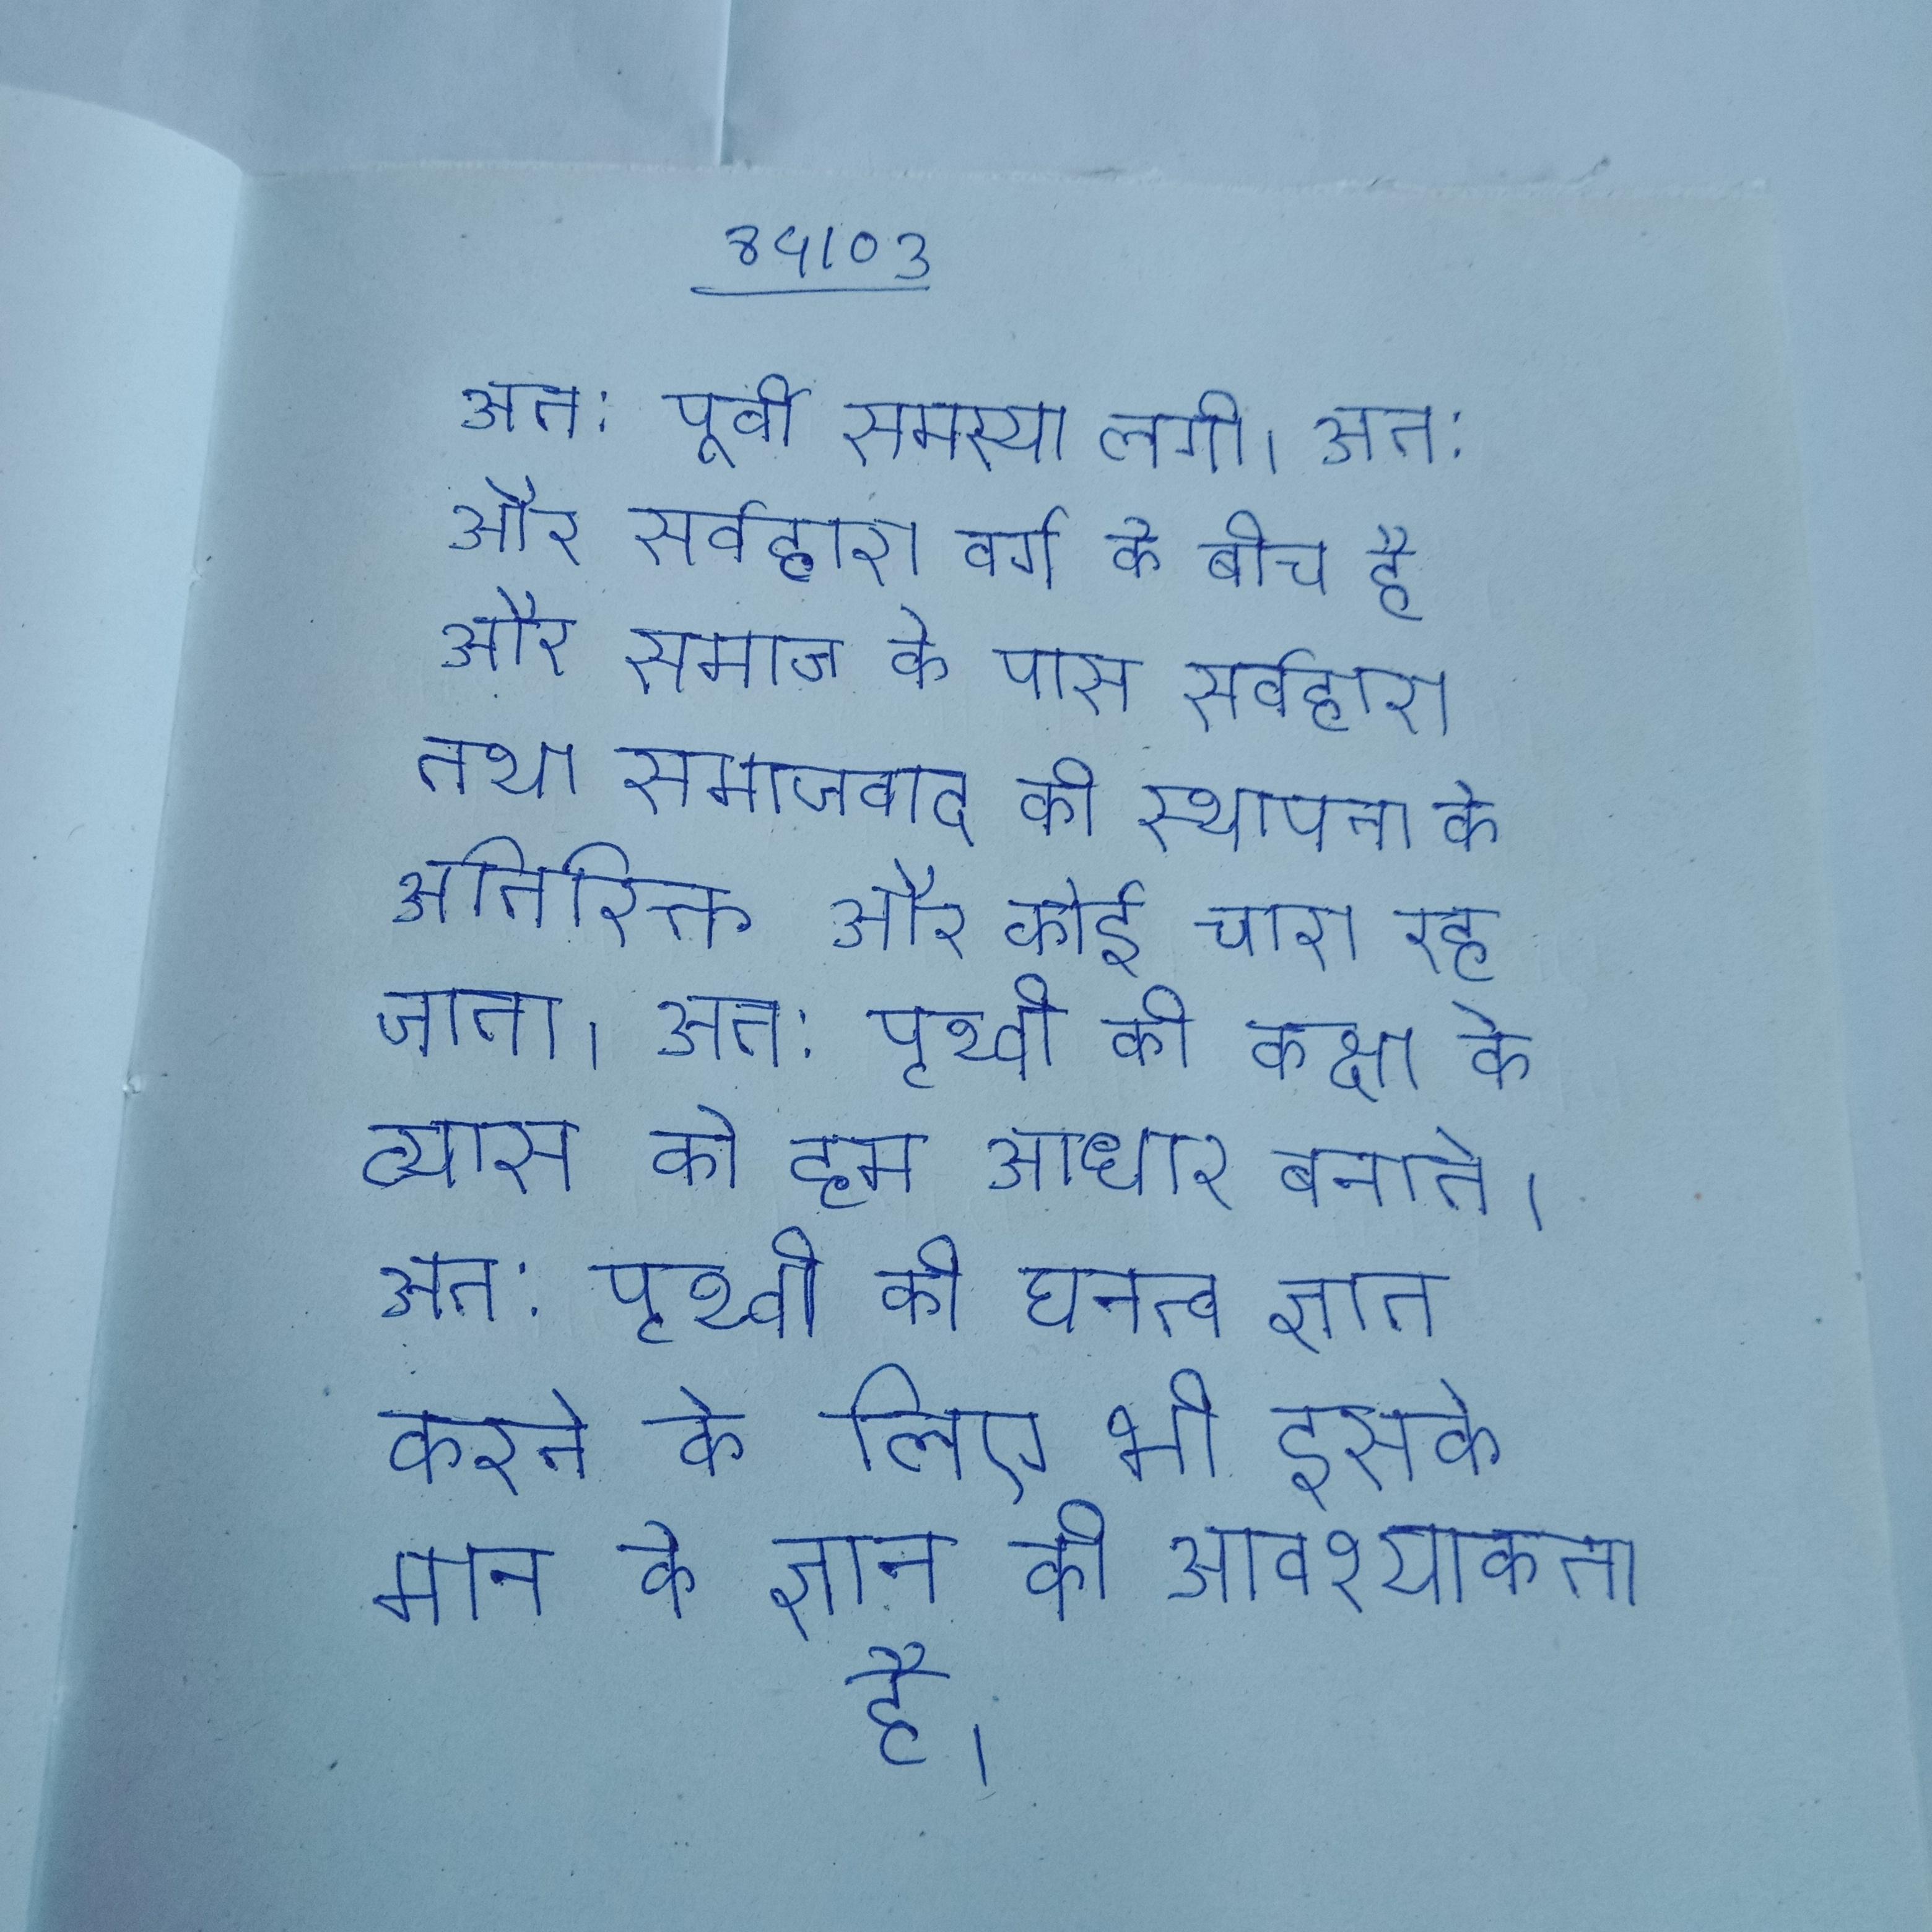
अत: पूर्वी समस्या लगी । अत: और सर्वहारा वर्ग के बीच है और समाज के पास सर्वहारा तथा समाजवाद की स्थापना के अतिरिक्त और कोई चारा रह जाता । अत: पृथ्वी की कक्षा के व्यास को हम आधार बनाते । अत: पृथ्वी की घनत्व ज्ञात करने के लिए भी इसके मान के ज्ञान की आवश्यकता है ।